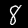
Label: 8